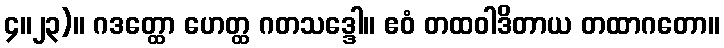
၄။၂၃)။ ဂဒတ္ထော ဟေတ္ထ ဂတသဒ္ဒေါ။ ဧဝံ တထဝါဒိတာယ တထာဂတော။